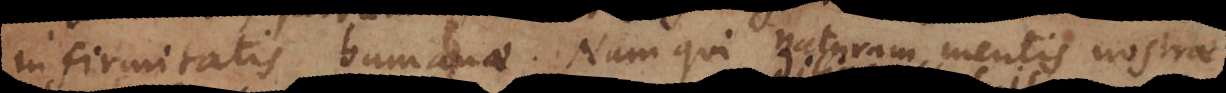
infirmitatis humanae. Nam qui naturam mentis nostrae